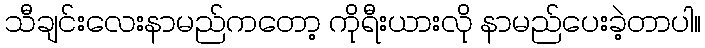
သီချင်းလေးနာမည်ကတော့ ကိုရီးယားလို နာမည်ပေးခဲ့တာပါ။